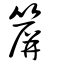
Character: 箳